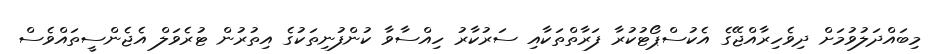
މިބައްދަލުވުމަށް ދިވެހިރާއްޖޭގެ އެކުސްޕޯޓުކުރާ ފަރާތްތަކާއި ސަރުކާރު ހިއްސާވާ ކުންފުނިތަކުގެ އިތުރުން ޓުރެވަލް އެޖެންސީތައްވެސް